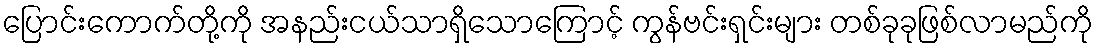
ပြောင်းကောက်တို့ကို အနည်းငယ်သာရှိသောကြောင့် ကွန်ဗင်းရှင်းများ တစ်ခုခုဖြစ်လာမည်ကို